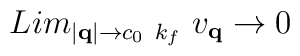
Lim_{ |{\bf{q}}| \rightarrow c_{0}\mbox{   }k_{f} }\mbox{                  	 }v_{ {\bf{q}} } \rightarrow 0